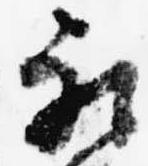
被